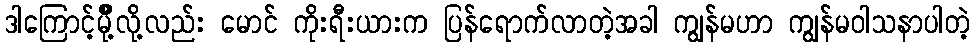
ဒါကြောင့်မိုိ့ိလို့လည်း မောင် ကိုးရီးယားက ပြန်ရောက်လာတဲ့အခါ ကျွန်မဟာ ကျွန်မဝါသနာပါတဲ့